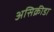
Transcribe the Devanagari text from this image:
असिक्रीडा